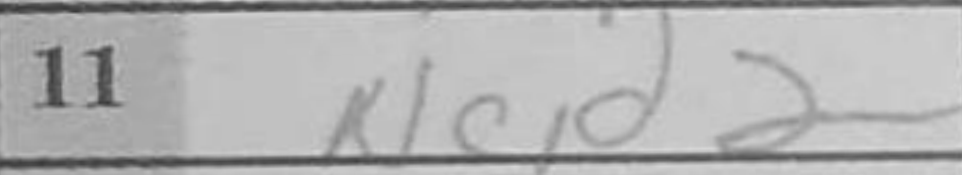
Transcription: Ncd2